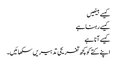
کیسے بیٹھیں
کیسے رہنا ہے
کیسے آنا ہے
اپنے کتے کو کچھ تفریحی تدبیریں سکھائیں۔